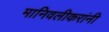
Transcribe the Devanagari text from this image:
मानिवलीकरांनी